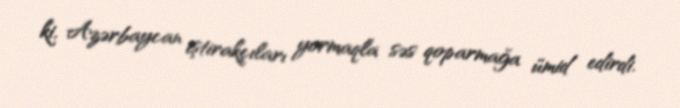
ki, Azərbaycan iştirakçıları yormaqla səs qoparmağa ümid edirdi.